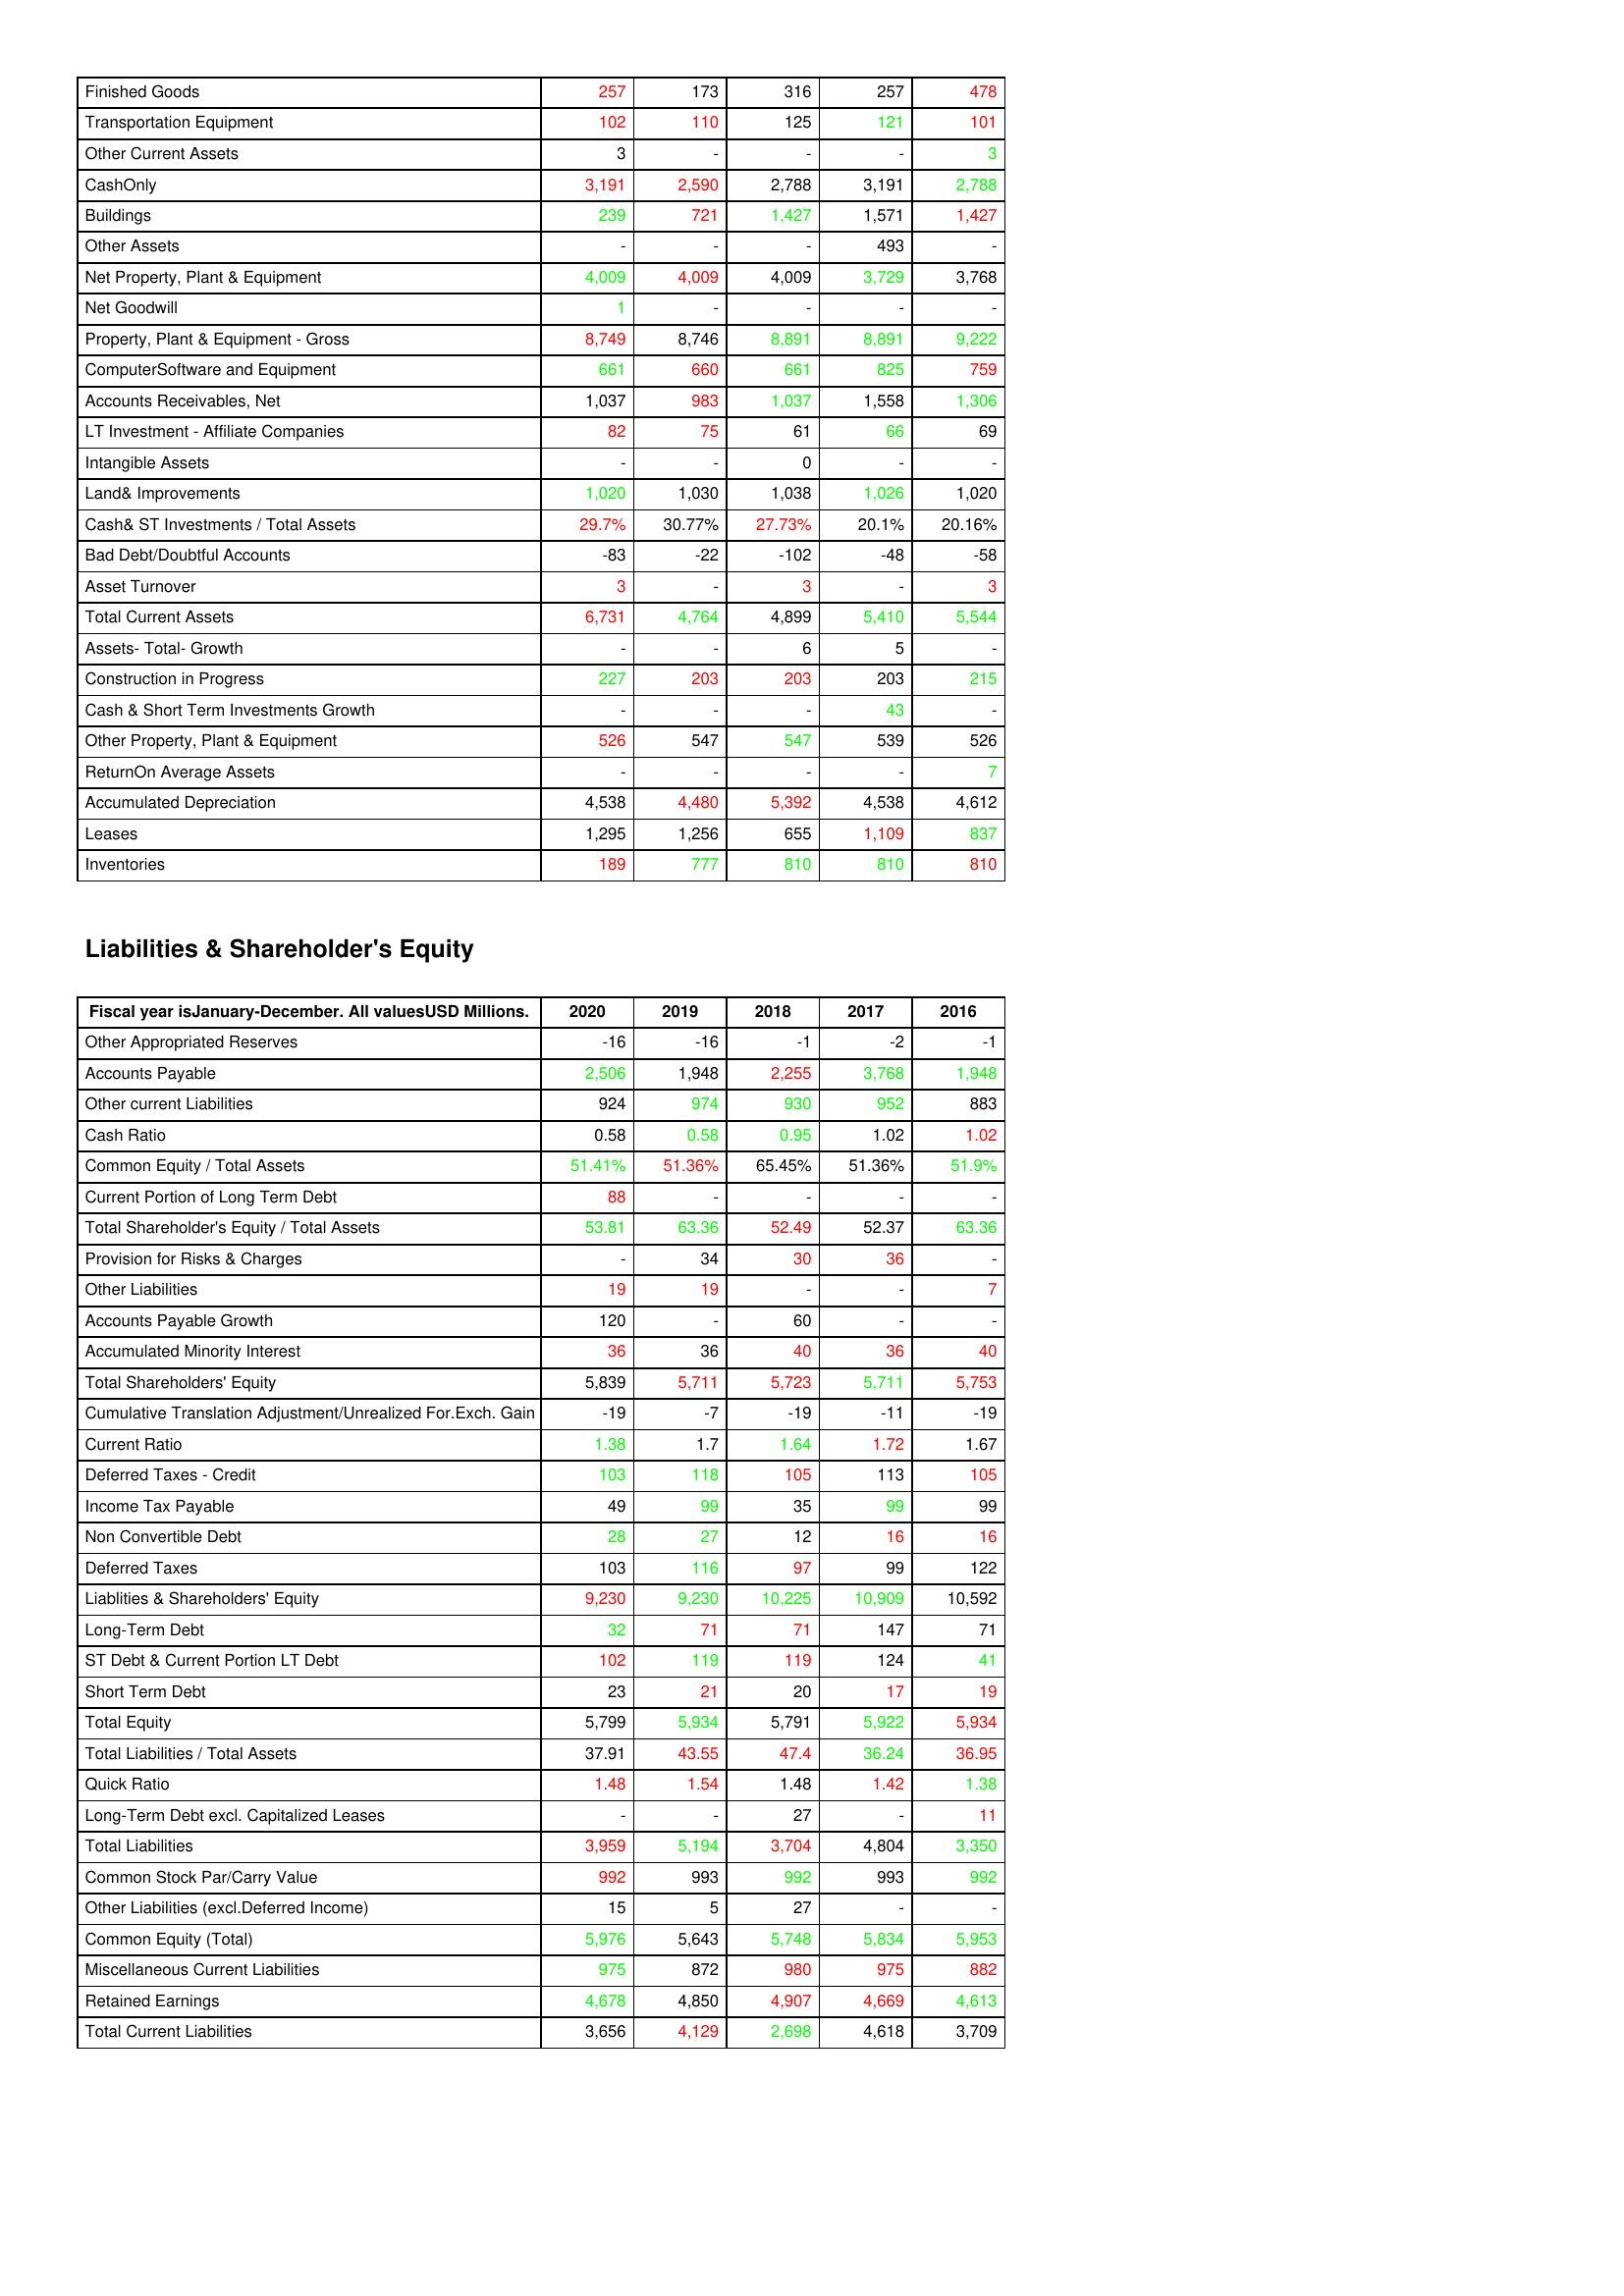
gt_parse: 2020: Assets: Finished Goods: 257
Transportation Equipment: 102
Other Current Assets: 3
CashOnly: 3,191
Buildings: 239
Other Assets: -
Net Property, Plant & Equipment: 4,009
Net Goodwill: 1
Property, Plant & Equipment - Gross : 8,749
ComputerSoftware and Equipment: 661
Accounts Receivables, Net: 1,037
LT Investment - Affiliate Companies: 82
Intangible Assets: -
Land& Improvements: 1,020
Cash& ST Investments / Total Assets: 29.7%
Bad Debt/Doubtful Accounts: -83
Asset Turnover: 3
Total Current Assets: 6,731
Assets- Total- Growth: -
Construction in Progress: 227
Cash & Short Term Investments Growth: -
Other Property, Plant & Equipment: 526
ReturnOn Average Assets: -
Accumulated Depreciation: 4,538
Leases: 1,295
Inventories: 189
Liabilities & Shareholder's Equity: Other Appropriated Reserves: -16
Accounts Payable: 2,506
Other current Liabilities: 924
Cash Ratio: 0.58
Common Equity / Total Assets: 51.41%
Current Portion of Long Term Debt: 88
Total Shareholder's Equity / Total Assets: 53.81
Provision for Risks & Charges: -
Other Liabilities: 19
Accounts Payable Growth: 120
Accumulated Minority Interest: 36
Total Shareholders' Equity: 5,839
Cumulative Translation Adjustment/Unrealized For.Exch. Gain: -19
Current Ratio: 1.38
Deferred Taxes - Credit: 103
Income Tax Payable: 49
Non Convertible Debt: 28
Deferred Taxes: 103
Liablities & Shareholders' Equity: 9,230
Long-Term Debt: 32
ST Debt & Current Portion LT Debt: 102
Short Term Debt: 23
Total Equity: 5,799
Total Liabilities / Total Assets: 37.91
Quick Ratio: 1.48
Long-Term Debt excl. Capitalized Leases: -
Total Liabilities: 3,959
Common Stock Par/Carry Value: 992
Other Liabilities (excl.Deferred Income): 15
Common Equity (Total): 5,976
Miscellaneous Current Liabilities: 975
Retained Earnings: 4,678
Total Current Liabilities: 3,656
2019: Assets: Finished Goods: 173
Transportation Equipment: 110
Other Current Assets: -
CashOnly: 2,590
Buildings: 721
Other Assets: -
Net Property, Plant & Equipment: 4,009
Net Goodwill: -
Property, Plant & Equipment - Gross : 8,746
ComputerSoftware and Equipment: 660
Accounts Receivables, Net: 983
LT Investment - Affiliate Companies: 75
Intangible Assets: -
Land& Improvements: 1,030
Cash& ST Investments / Total Assets: 30.77%
Bad Debt/Doubtful Accounts: -22
Asset Turnover: -
Total Current Assets: 4,764
Assets- Total- Growth: -
Construction in Progress: 203
Cash & Short Term Investments Growth: -
Other Property, Plant & Equipment: 547
ReturnOn Average Assets: -
Accumulated Depreciation: 4,480
Leases: 1,256
Inventories: 777
Liabilities & Shareholder's Equity: Other Appropriated Reserves: -16
Accounts Payable: 1,948
Other current Liabilities: 974
Cash Ratio: 0.58
Common Equity / Total Assets: 51.36%
Current Portion of Long Term Debt: -
Total Shareholder's Equity / Total Assets: 63.36
Provision for Risks & Charges: 34
Other Liabilities: 19
Accounts Payable Growth: -
Accumulated Minority Interest: 36
Total Shareholders' Equity: 5,711
Cumulative Translation Adjustment/Unrealized For.Exch. Gain: -7
Current Ratio: 1.7
Deferred Taxes - Credit: 118
Income Tax Payable: 99
Non Convertible Debt: 27
Deferred Taxes: 116
Liablities & Shareholders' Equity: 9,230
Long-Term Debt: 71
ST Debt & Current Portion LT Debt: 119
Short Term Debt: 21
Total Equity: 5,934
Total Liabilities / Total Assets: 43.55
Quick Ratio: 1.54
Long-Term Debt excl. Capitalized Leases: -
Total Liabilities: 5,194
Common Stock Par/Carry Value: 993
Other Liabilities (excl.Deferred Income): 5
Common Equity (Total): 5,643
Miscellaneous Current Liabilities: 872
Retained Earnings: 4,850
Total Current Liabilities: 4,129
2018: Assets: Finished Goods: 316
Transportation Equipment: 125
Other Current Assets: -
CashOnly: 2,788
Buildings: 1,427
Other Assets: -
Net Property, Plant & Equipment: 4,009
Net Goodwill: -
Property, Plant & Equipment - Gross : 8,891
ComputerSoftware and Equipment: 661
Accounts Receivables, Net: 1,037
LT Investment - Affiliate Companies: 61
Intangible Assets: 0
Land& Improvements: 1,038
Cash& ST Investments / Total Assets: 27.73%
Bad Debt/Doubtful Accounts: -102
Asset Turnover: 3
Total Current Assets: 4,899
Assets- Total- Growth: 6
Construction in Progress: 203
Cash & Short Term Investments Growth: -
Other Property, Plant & Equipment: 547
ReturnOn Average Assets: -
Accumulated Depreciation: 5,392
Leases: 655
Inventories: 810
Liabilities & Shareholder's Equity: Other Appropriated Reserves: -1
Accounts Payable: 2,255
Other current Liabilities: 930
Cash Ratio: 0.95
Common Equity / Total Assets: 65.45%
Current Portion of Long Term Debt: -
Total Shareholder's Equity / Total Assets: 52.49
Provision for Risks & Charges: 30
Other Liabilities: -
Accounts Payable Growth: 60
Accumulated Minority Interest: 40
Total Shareholders' Equity: 5,723
Cumulative Translation Adjustment/Unrealized For.Exch. Gain: -19
Current Ratio: 1.64
Deferred Taxes - Credit: 105
Income Tax Payable: 35
Non Convertible Debt: 12
Deferred Taxes: 97
Liablities & Shareholders' Equity: 10,225
Long-Term Debt: 71
ST Debt & Current Portion LT Debt: 119
Short Term Debt: 20
Total Equity: 5,791
Total Liabilities / Total Assets: 47.4
Quick Ratio: 1.48
Long-Term Debt excl. Capitalized Leases: 27
Total Liabilities: 3,704
Common Stock Par/Carry Value: 992
Other Liabilities (excl.Deferred Income): 27
Common Equity (Total): 5,748
Miscellaneous Current Liabilities: 980
Retained Earnings: 4,907
Total Current Liabilities: 2,698
2017: Assets: Finished Goods: 257
Transportation Equipment: 121
Other Current Assets: -
CashOnly: 3,191
Buildings: 1,571
Other Assets: 493
Net Property, Plant & Equipment: 3,729
Net Goodwill: -
Property, Plant & Equipment - Gross : 8,891
ComputerSoftware and Equipment: 825
Accounts Receivables, Net: 1,558
LT Investment - Affiliate Companies: 66
Intangible Assets: -
Land& Improvements: 1,026
Cash& ST Investments / Total Assets: 20.1%
Bad Debt/Doubtful Accounts: -48
Asset Turnover: -
Total Current Assets: 5,410
Assets- Total- Growth: 5
Construction in Progress: 203
Cash & Short Term Investments Growth: 43
Other Property, Plant & Equipment: 539
ReturnOn Average Assets: -
Accumulated Depreciation: 4,538
Leases: 1,109
Inventories: 810
Liabilities & Shareholder's Equity: Other Appropriated Reserves: -2
Accounts Payable: 3,768
Other current Liabilities: 952
Cash Ratio: 1.02
Common Equity / Total Assets: 51.36%
Current Portion of Long Term Debt: -
Total Shareholder's Equity / Total Assets: 52.37
Provision for Risks & Charges: 36
Other Liabilities: -
Accounts Payable Growth: -
Accumulated Minority Interest: 36
Total Shareholders' Equity: 5,711
Cumulative Translation Adjustment/Unrealized For.Exch. Gain: -11
Current Ratio: 1.72
Deferred Taxes - Credit: 113
Income Tax Payable: 99
Non Convertible Debt: 16
Deferred Taxes: 99
Liablities & Shareholders' Equity: 10,909
Long-Term Debt: 147
ST Debt & Current Portion LT Debt: 124
Short Term Debt: 17
Total Equity: 5,922
Total Liabilities / Total Assets: 36.24
Quick Ratio: 1.42
Long-Term Debt excl. Capitalized Leases: -
Total Liabilities: 4,804
Common Stock Par/Carry Value: 993
Other Liabilities (excl.Deferred Income): -
Common Equity (Total): 5,834
Miscellaneous Current Liabilities: 975
Retained Earnings: 4,669
Total Current Liabilities: 4,618
2016: Assets: Finished Goods: 478
Transportation Equipment: 101
Other Current Assets: 3
CashOnly: 2,788
Buildings: 1,427
Other Assets: -
Net Property, Plant & Equipment: 3,768
Net Goodwill: -
Property, Plant & Equipment - Gross : 9,222
ComputerSoftware and Equipment: 759
Accounts Receivables, Net: 1,306
LT Investment - Affiliate Companies: 69
Intangible Assets: -
Land& Improvements: 1,020
Cash& ST Investments / Total Assets: 20.16%
Bad Debt/Doubtful Accounts: -58
Asset Turnover: 3
Total Current Assets: 5,544
Assets- Total- Growth: -
Construction in Progress: 215
Cash & Short Term Investments Growth: -
Other Property, Plant & Equipment: 526
ReturnOn Average Assets: 7
Accumulated Depreciation: 4,612
Leases: 837
Inventories: 810
Liabilities & Shareholder's Equity: Other Appropriated Reserves: -1
Accounts Payable: 1,948
Other current Liabilities: 883
Cash Ratio: 1.02
Common Equity / Total Assets: 51.9%
Current Portion of Long Term Debt: -
Total Shareholder's Equity / Total Assets: 63.36
Provision for Risks & Charges: -
Other Liabilities: 7
Accounts Payable Growth: -
Accumulated Minority Interest: 40
Total Shareholders' Equity: 5,753
Cumulative Translation Adjustment/Unrealized For.Exch. Gain: -19
Current Ratio: 1.67
Deferred Taxes - Credit: 105
Income Tax Payable: 99
Non Convertible Debt: 16
Deferred Taxes: 122
Liablities & Shareholders' Equity: 10,592
Long-Term Debt: 71
ST Debt & Current Portion LT Debt: 41
Short Term Debt: 19
Total Equity: 5,934
Total Liabilities / Total Assets: 36.95
Quick Ratio: 1.38
Long-Term Debt excl. Capitalized Leases: 11
Total Liabilities: 3,350
Common Stock Par/Carry Value: 992
Other Liabilities (excl.Deferred Income): -
Common Equity (Total): 5,953
Miscellaneous Current Liabilities: 882
Retained Earnings: 4,613
Total Current Liabilities: 3,709